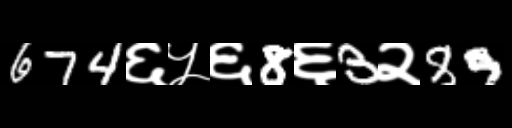
Text: 674६५६8६3२89